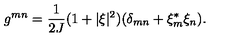
g ^ { m n } = \frac { 1 } { 2 J } ( 1 + \vert \xi \vert ^ { 2 } ) ( \delta _ { m n } + \xi _ { m } ^ { * } \xi _ { n } ) .